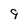
Character: 9